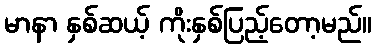
မာနာ နှစ်ဆယ့် ကိုးနှစ်ပြည့်တော့မည်။